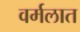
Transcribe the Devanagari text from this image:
वर्मलात